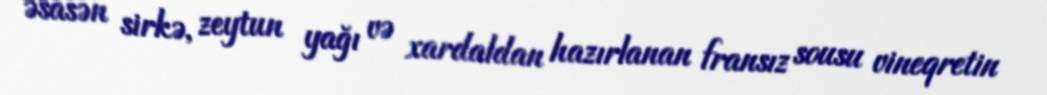
əsasən sirkə, zeytun yağı və xardaldan hazırlanan fransız sousu vineqretin